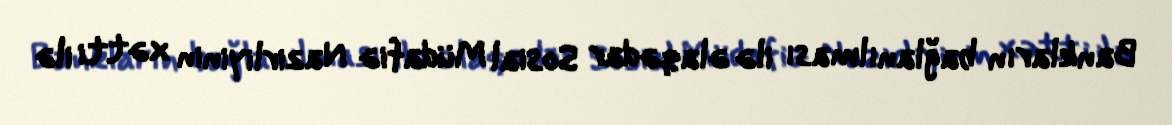
Bankların bağlanılması ilə əlaqədar Sosial Müdafiə Nazirliyinin xətti ilə